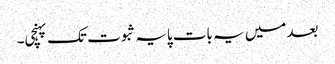
بعد میں یہ بات پایہ ثبوت تک پہنچی۔